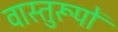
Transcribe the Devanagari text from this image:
वास्तुरूपों